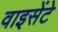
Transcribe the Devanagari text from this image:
वाइसेंटे